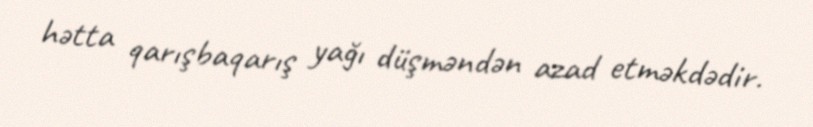
hətta qarışbaqarış yağı düşməndən azad etməkdədir.